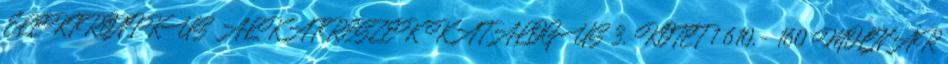
ELEKTRONIKUS ALKATRÉSZEK KATALÓGUS 3. KÖTET 1 610,- 160 MOLNÁR